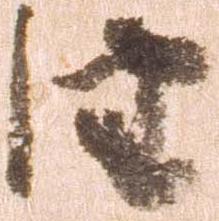
由